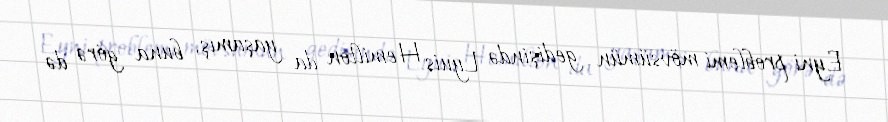
Eyni problemi mövsümün gedişində Lyuis Hemilton da yaşamış, buna görə də